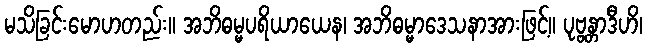
မသိခြင်းမောဟတည်း။ အဘိဓမ္မပရိယာယေန၊ အဘိဓမ္မာဒေသနာအားဖြင့်။ ပုဗ္ဗန္တာဒီဟိ၊